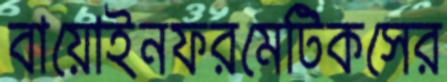
বায়োইনফরমেটিকসের